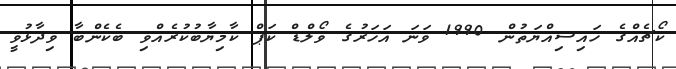
ކޯޗެއްގެ ހައިސިއްޔަތުން 1990 ވަނަ އަހަރުގެ ވޯލްޑް ކަޕް ކާމިޔާބުކުރެއްވި ބެކެންބާ ވިދާޅުވީ